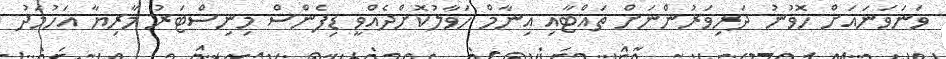
ވަނަވަނައަށް ހޮވުނު ދަރިވަރުންނަށް ތައްޓާއި އިނާމް ހަވާލުކޮށްދެއްވީ ޑިފެންސް މިނިސްޓަރު މާރިޔާ އަހުމަދު